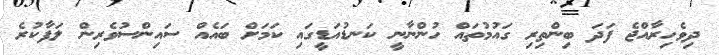
ދިވެހިރާއްޖެ ފަދަ ބިންތިރި ގައުމުތައް ހުންނާނީ ކަނޑުއަޑީގައި ކަމަށް ބައެއް ސައިންސުވެރިން ލަފާކުރެ